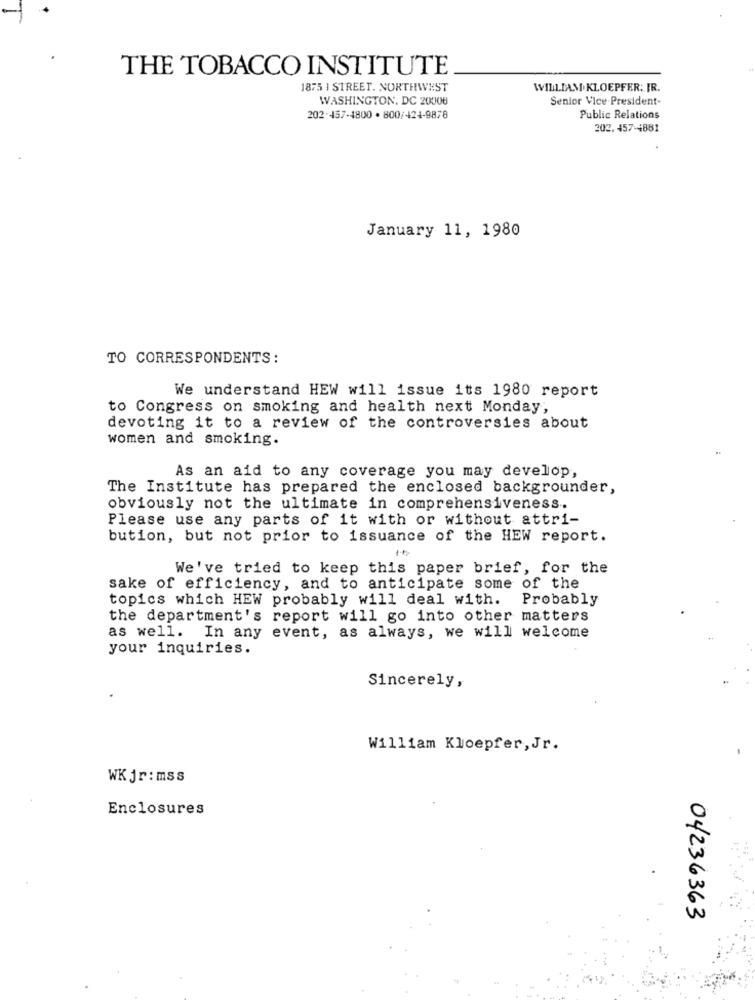
THE TOBACCO INSTITUTE
1875 1 STREET. NORTHWEST
WILLIAM KLOEPFER; IR.
WASHINGTON, DC 20008
Senior Vice President-
202-457-4800 · 800/424-9878
Public Relations
202. 457-4881
January 11, 1980
TO CORRESPONDENTS:
We understand HEW will issue its 1980 report
to Congress on smoking and health next Monday,
devoting it to a review of the controversies about
women and smoking.
As an aid to any coverage you may develop,
The Institute has prepared the enclosed backgrounder,
obviously not the ultimate in comprehensiveness.
Please use any parts of it with or without attri-
bution, but not prior to issuance of the HEW report.
We've tried to keep this paper brief, for the
sake of efficiency, and to anticipate some of the
topics which HEW probably will deal with. Probably
the department's report will go into other matters
as well. In any event, as always, we will welcome
your inquiries.
Sincerely,
William Kloepfer, Jr.
WKjr: mss
Enclosures
04236363